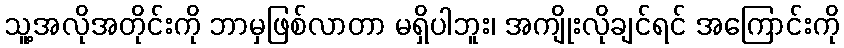
သူ့အလိုအတိုင်းကို ဘာမှဖြစ်လာတာ မရှိပါဘူး၊ အကျိုးလိုချင်ရင် အကြောင်းကို